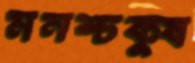
মনশ্চক্ষু